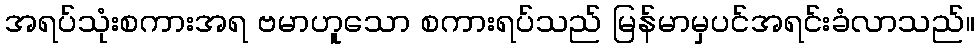
အရပ်သုံးစကားအရ ဗမာဟူသော စကားရပ်သည် မြန်မာမှပင်အရင်းခံလာသည်။